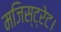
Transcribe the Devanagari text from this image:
मजिस्ट्रेट।